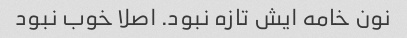
نون خامه ایش تازه نبود. اصلا خوب نبود